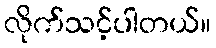
လိုက်သင့်ပါတယ်။